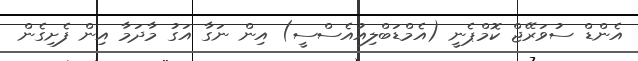
އެންޑް ސުވަރޭޖް ކޮމްޕެނީ (އެމްޑަބްލިއުއެސްސީ) އިން ނަގާ އަގު މާދަމާ އިން ފެށިގެން